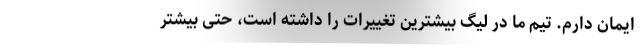
ایمان دارم. تیم ما در لیگ بیشترین تغییرات را داشته است، حتی بیشتر